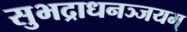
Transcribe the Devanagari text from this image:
सुभद्राधनञ्जयम्